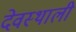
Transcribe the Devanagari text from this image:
देवस्थाली